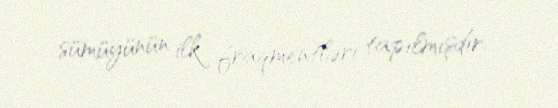
sümüyünün ilk fraqmentləri tapılmışdır.